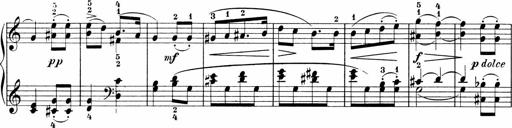
Title: Sonatinen Op.47, 98 und 136, nebst 6 Liedersonatinen
Composer: Carl Reinecke